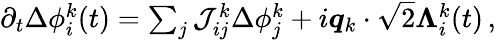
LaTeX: \begin{array}{r}{\partial_{t}\Delta\phi_{i}^{k}(t)=\sum_{j}\mathcal{J}_{ij}^{k}\Delta{\phi}_{j}^{k}+i\boldsymbol{q}_{k}\cdot\sqrt{2}\boldsymbol{\Lambda}_{i}^{k}(t)\, ,}\end{array}